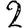
Digit: 2